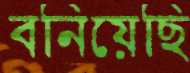
বনিয়েছি